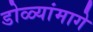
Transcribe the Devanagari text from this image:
डोळ्यांमागे